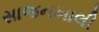
સાજનખાલી